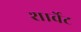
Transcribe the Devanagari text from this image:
शार्वेट